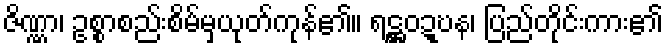
ဇိဏ္ဏာ၊ ဥစ္စာစည်းစိမ်မှယုတ်ကုန်၏။ ရဋ္ဌဝဍ္ဎန၊ ပြည်တိုင်းကား၏